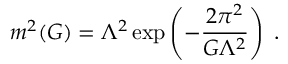
m ^ { 2 } ( G ) = \Lambda ^ { 2 } \exp \left( - \frac { 2 \pi ^ { 2 } } { G \Lambda ^ { 2 } } \right) \; .